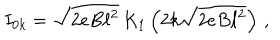
I _ { 0 k } = \sqrt { 2 e B \ell ^ { 2 } } \, K _ { 1 } \left( 2 k \sqrt { 2 e B \ell ^ { 2 } } \right) \, ,